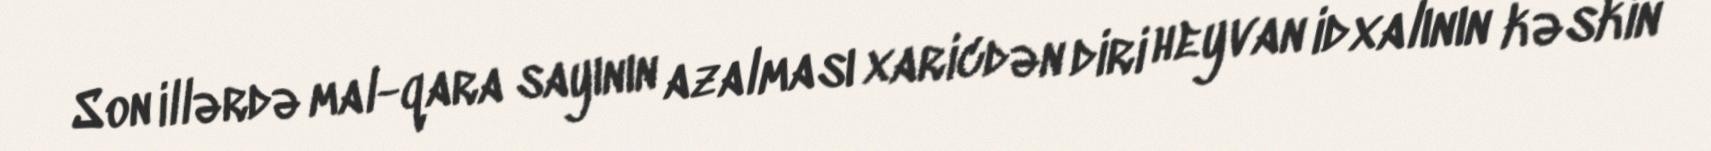
Son illərdə mal-qara sayının azalması xaricdən diri heyvan idxalının kəskin